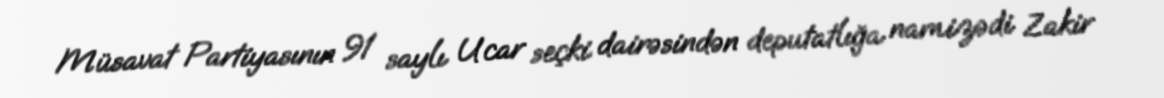
Müsavat Partiyasının 91 saylı Ucar seçki dairəsindən deputatlığa namizədi Zakir